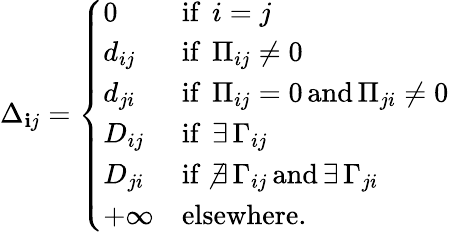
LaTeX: \Delta_{\mathbf{i}j}=\left\{ \begin{array}{ll}{0}&{\mathrm{if~}\, i=j}\\ {d_{ij}}&{\mathrm{if~}\, \Pi_{ij}\neq 0}\\ {d_{ji}}&{\mathrm{if~}\, \Pi_{ij}=0\, \mathrm{and}\, \Pi_{ji}\neq 0}\\ {D_{ij}}&{\mathrm{if~}\, \exists\, \Gamma_{ij}}\\ {D_{ji}}&{\mathrm{if~}\, \nexists\, \Gamma_{ij}\, \mathrm{and}\, \exists\, \Gamma_{ji}}\\ {+\infty}&{\mathrm{elsewhere.}}\end{array}\right.